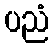
ပညံ